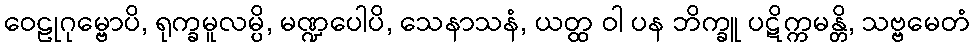
ဝေဠုဂုမ္ဗောပိ, ရုက္ခမူလမ္ပိ, မဏ္ဍပေါပိ, သေနာသနံ, ယတ္ထ ဝါ ပန ဘိက္ခူ ပဋိက္ကမန္တိ, သဗ္ဗမေတံ